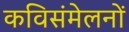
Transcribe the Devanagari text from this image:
कविसंमेलनों